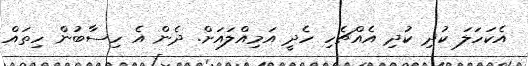
އެކަހަލަ ކުދި ކުދި އެއްޗެހި ހެދީ އަމިއްލައަށް. ދެން އެ ހިސާބުން ހިތައް